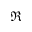
\Re